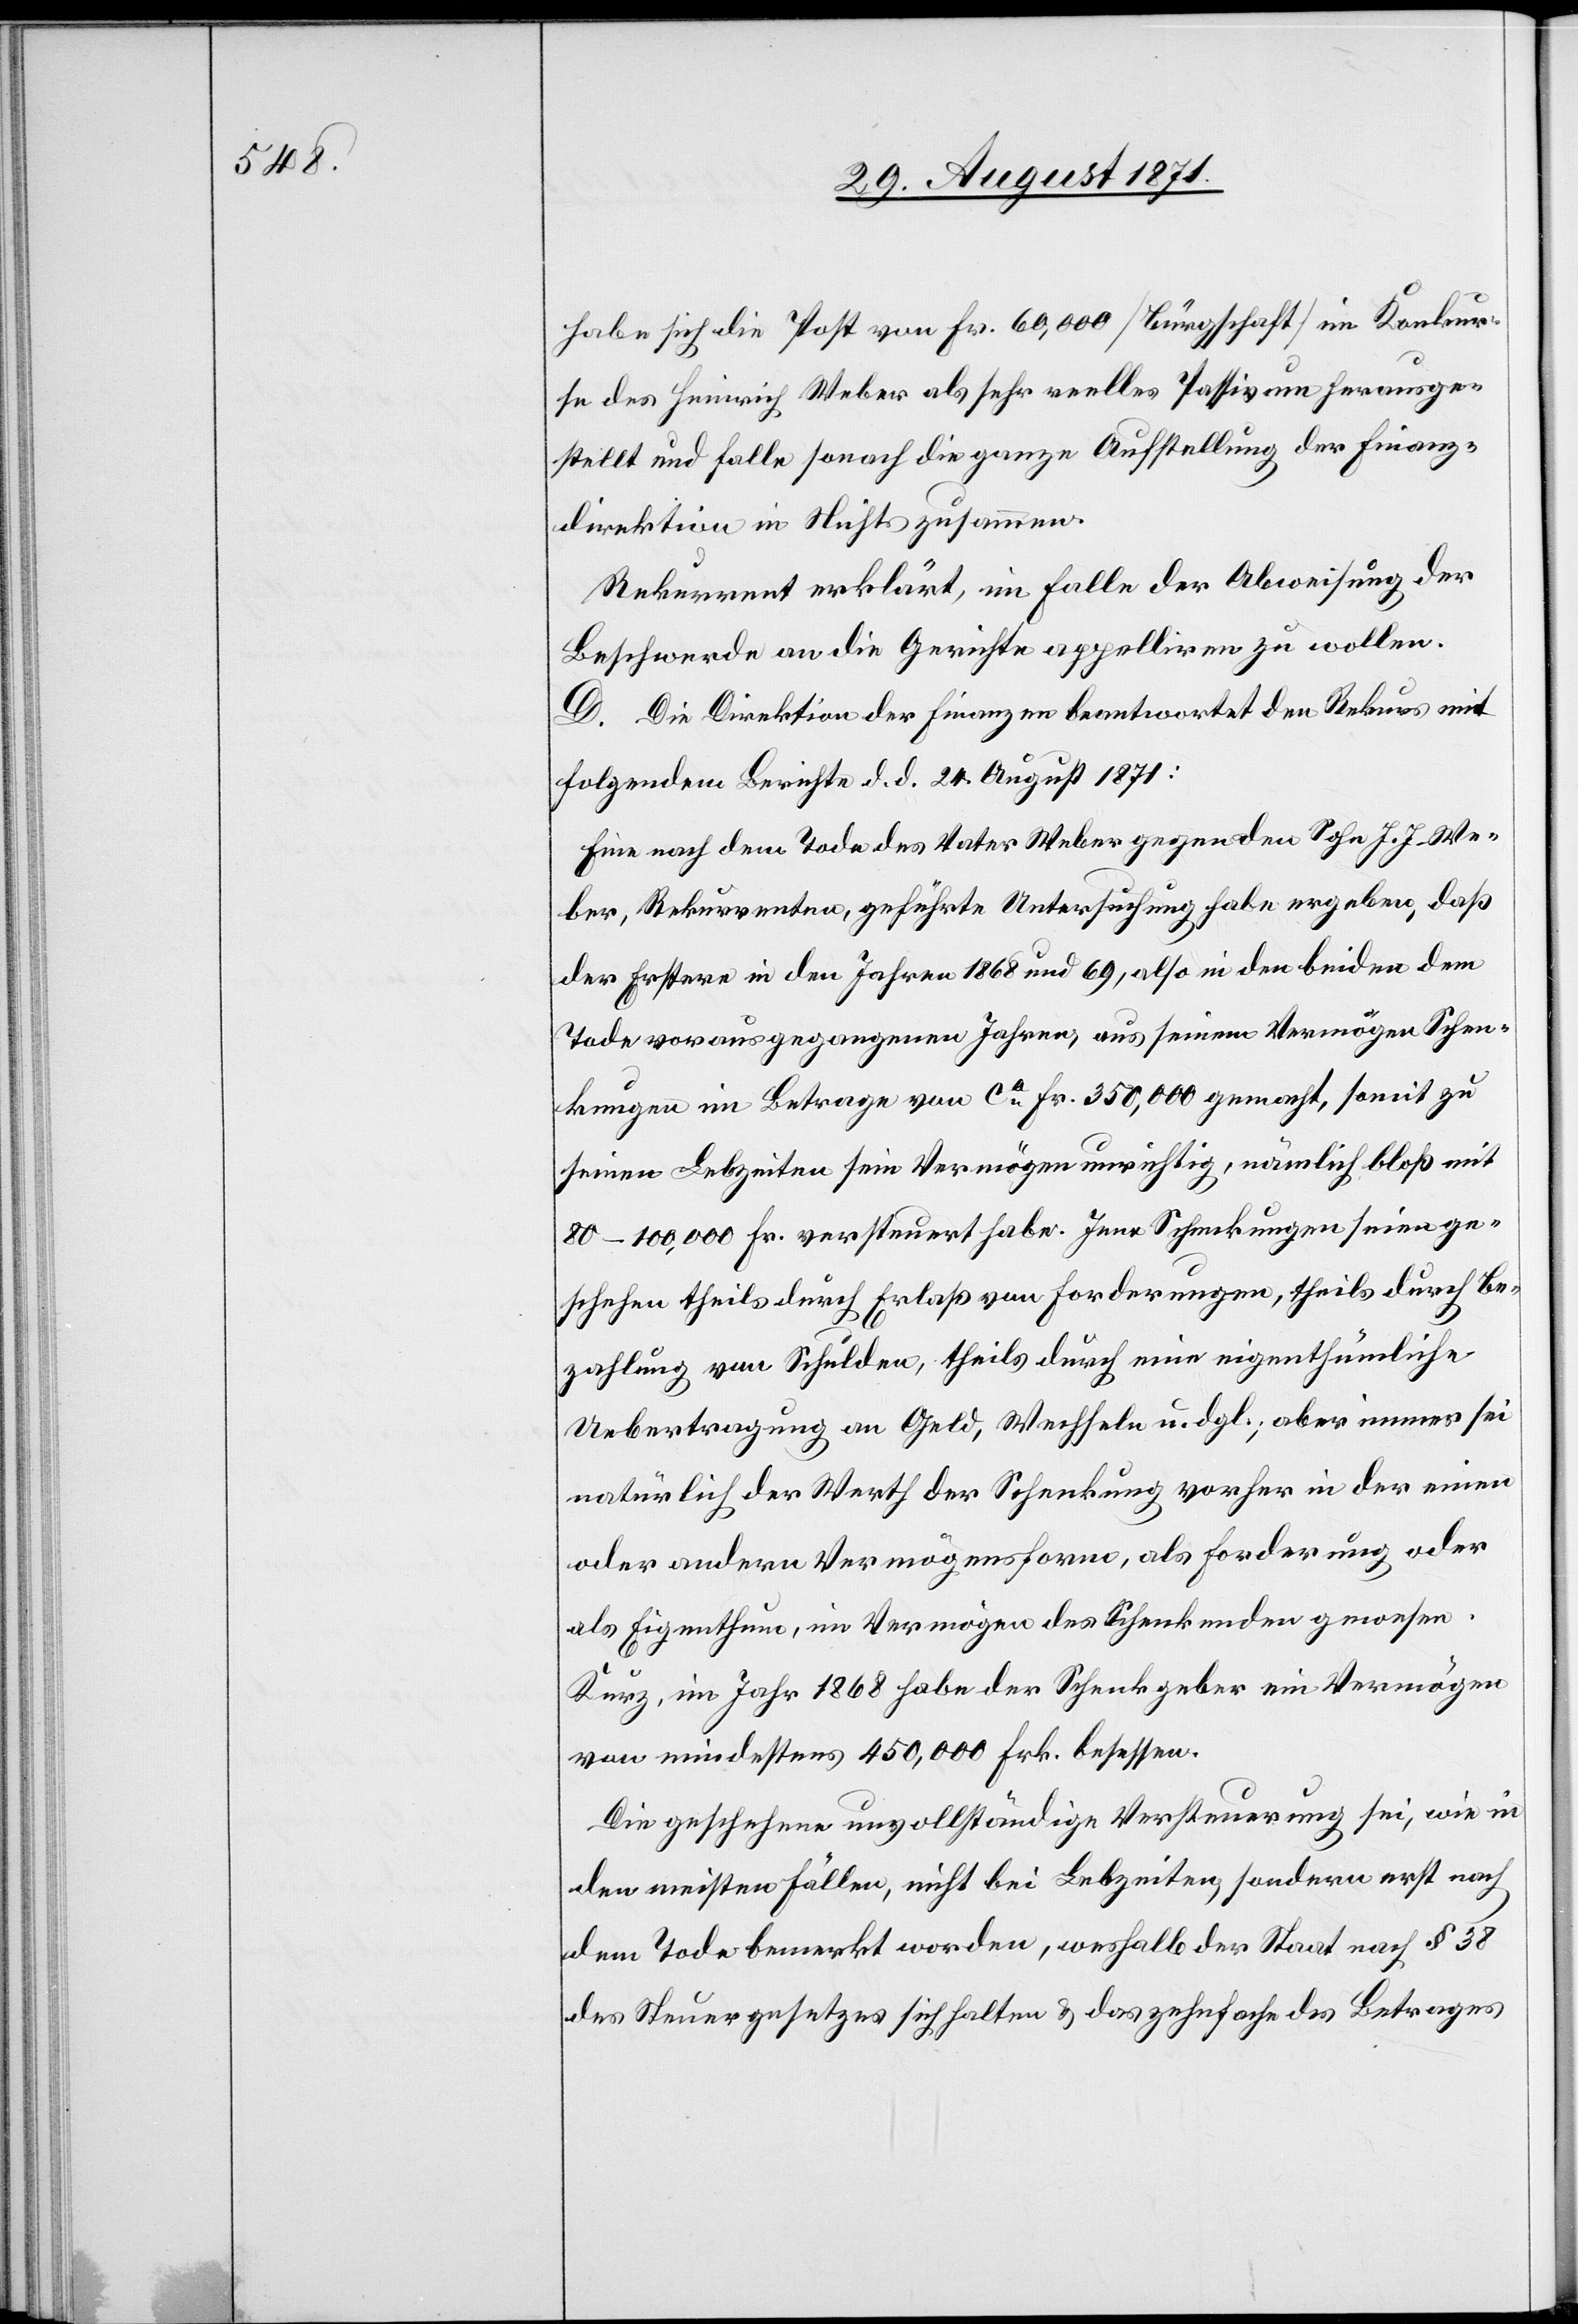
habe sich die Post von Fr. 60,000 [Bürgschaft] im Konkur¬
se des Heinrich Weber als sehr reelles Passivum herausge¬
stellt und falle sonach die ganze Aufstellung der Finanz¬
direktion in Nichts zusammen.
Rekurrent erklärt, im Falle der Abweisung der
Beschwerde an die Gerichte appelliren zu wollen.
D. Die Direktion der Finanzen beantwortet den Rekurs mit
folgendem Berichte d. d. 24. August 1871:
Eine nach dem Tode des Vater Weber gegen den Sohn J. J. We¬
ber, Rekurrenten, geführte Untersuchung habe ergeben, daß
der Erstere in den Jahren 1868 und 69, aus seinem Vermögen Schen¬
kungen im Betrage von ca Fr. 350,000 gemacht, somit zu
seinen Lebzeiten sein Vermögen unrichtig, nämlich bloß mit
80–10,000 Fr. versteuert habe. Jene Schenkungen seien ge¬
schehen theils durch Erlaß von Forderungen, theils durch Be¬
zahlung von Schulden, theils durch eine eigenthümliche
Uebertragung an Geld, Wechseln u. dgl.; aber immer sei
natürlich der Werth der Schenkung vorher in der einen
oder anderen Vermögensform, als Forderung oder
als Eigenthum, im Vermögen des Schenkenden gewesen.
Kurz, im Jahr 1868 habe der Schenkgeber ein Vermögen
von mindestens 450,000 Frk. besessen.
Die geschehene unvollständige Versteuerung sei, wie in
den meisten Fällen, nicht bei Lebzeiten, sondern erst nach
dem Tode bemerkt worden, weshalb der Staat nach § 38
des Steuergesetzes sich halten & das zehnfache des Betrages